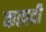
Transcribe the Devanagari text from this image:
कत्पदी